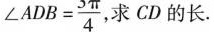
$$\angleADB= \frac{3 \pi}{4}$$ 求cD的长。，求CD的长。